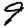
Digit: 9